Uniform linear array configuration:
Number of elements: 64
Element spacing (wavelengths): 0.75
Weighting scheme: hamming
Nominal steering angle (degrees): -45
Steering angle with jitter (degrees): -45.042
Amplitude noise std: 0.05
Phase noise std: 0.05

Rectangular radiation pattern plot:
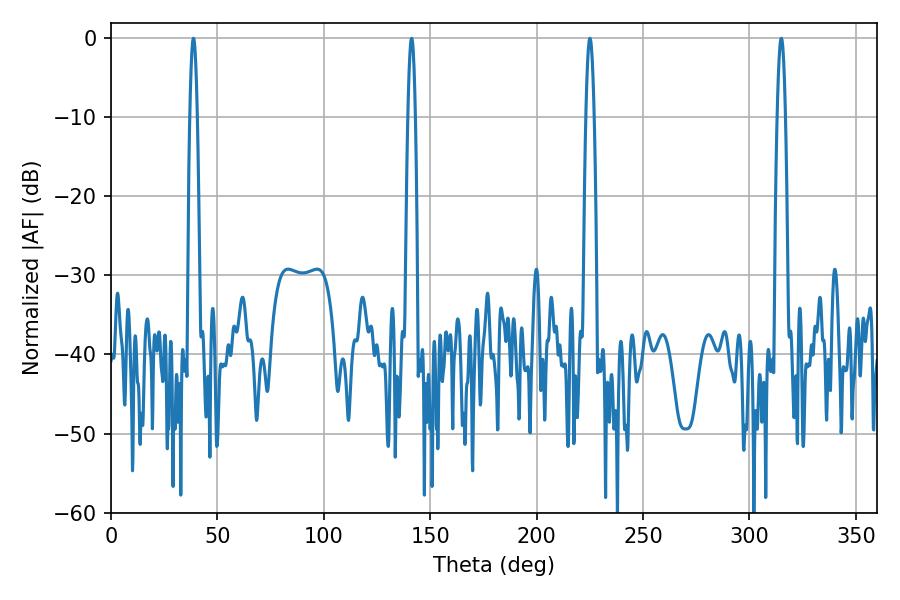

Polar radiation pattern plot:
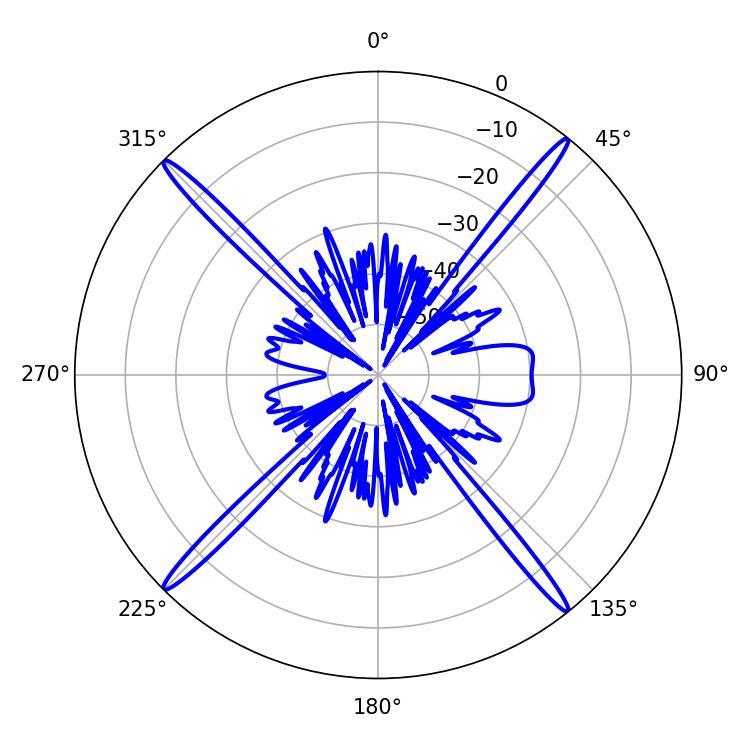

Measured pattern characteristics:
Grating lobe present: TRUE
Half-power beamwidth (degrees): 1.98
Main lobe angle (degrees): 225